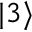
| 3 \rangle